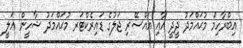
އިބްރާހިމް މުޙައްމަދު ދީދީ އާއި އައްސޭރި ޖަލުގެ ޑައިރެކްޓަރ މުޙައްމަދު ޝާހީން ޢަލީ